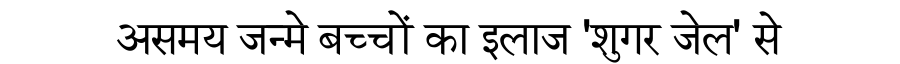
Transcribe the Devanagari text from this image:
असमय जन्मे बच्चों का इलाज 'शुगर जेल' से